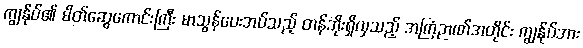
ကျွန်ုပ်၏ မိတ်ဆွေကောင်းကြီး မာသွန်ပေးအပ်သည့် တန်ဘိုးရှိလှသည့် အကြံဉာဏ်အတိုင်း ကျွန်ုပ်အား